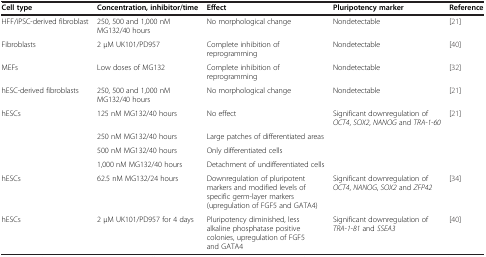
<table><thead><tr><td><b>Cell type</b></td><td><b>Concentration, inhibitor/time</b></td><td><b>Effect</b></td><td><b>Pluripotency marker</b></td><td><b>Reference</b></td></tr></thead><tbody><tr><td>HFF/iPSC-derived fibroblast</td><td>250, 500 and 1,000 nM MG132/40 hours</td><td>No morphological change</td><td>Nondetectable</td><td>[21]</td></tr><tr><td>Fibroblasts</td><td>2 μM UK101/PD957</td><td>Complete inhibition of reprogramming</td><td>Nondetectable</td><td>[40]</td></tr><tr><td>MEFs</td><td>Low doses of MG132</td><td>Complete inhibition of reprogramming</td><td>Nondetectable</td><td>[32]</td></tr><tr><td>hESC-derived fibroblasts</td><td>250, 500 and 1,000 nM MG132/40 hours</td><td>No morphological change</td><td>Nondetectable</td><td>[21]</td></tr><tr><td>hESCs</td><td>125 nM MG132/40 hours</td><td>No effect</td><td>Significant downregulation of <i>OCT4</i>, <i>SOX2</i>, <i>NANOG</i> and <i>TRA-1-60</i></td><td>[21]</td></tr><tr><td> </td><td>250 nM MG132/40 hours</td><td>Large patches of differentiated areas</td><td> </td><td> </td></tr><tr><td> </td><td>500 nM MG132/40 hours</td><td>Only differentiated cells</td><td> </td><td> </td></tr><tr><td> </td><td>1,000 nM MG132/40 hours</td><td>Detachment of undifferentiated cells</td><td> </td><td> </td></tr><tr><td>hESCs</td><td>62.5 nM MG132/24 hours</td><td>Downregulation of pluripotent markers and modified levels of specific germ-layer markers (upregulation of FGF5 and GATA4)</td><td>Significant downregulation of <i>OCT4</i>, <i>NANOG</i>, <i>SOX2</i> and <i>ZFP42</i></td><td>[34]</td></tr><tr><td>hESCs</td><td>2 μM UK101/PD957 for 4 days</td><td>Pluripotency diminished, less alkaline phosphatase positive colonies, upregulation of FGF5 and GATA4</td><td>Significant downregulation of <i>TRA-1-81</i> and <i>SSEA3</i></td><td>[40]</td></tr></tbody></table>